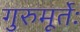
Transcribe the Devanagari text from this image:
गुरुमूर्तेः